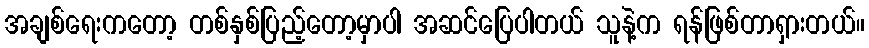
အချစ်ရေးကတော့ တစ်နှစ်ပြည့်တော့မှာပါ အဆင်ပြေပါတယ် သူနဲ့က ရန်ဖြစ်တာရှားတယ်။